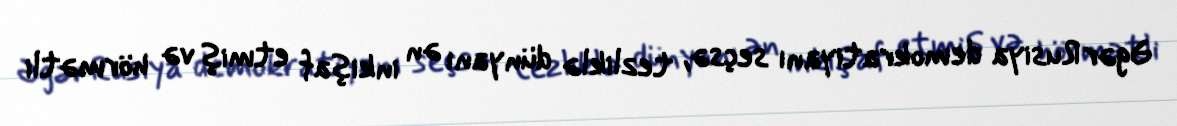
Əgər Rusiya demokratiyanı seçsə, tezliklə dünyanı ən inkişaf etmiş və hörmətli